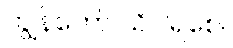
ကျွန်တော် သိပါရစေ။